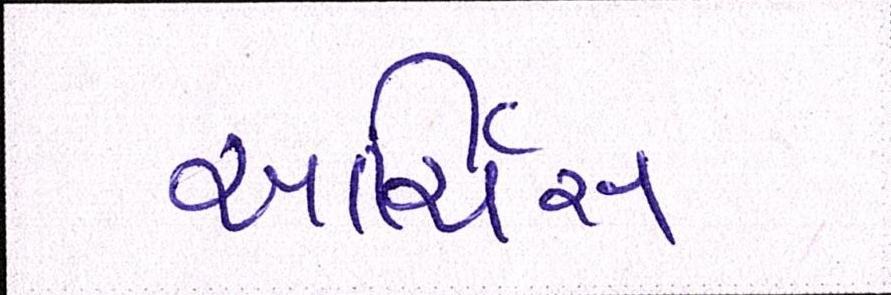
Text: આર્ચિસ